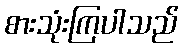
စားသုံးကြပါသည်